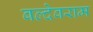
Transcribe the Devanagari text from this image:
बल्देवराम